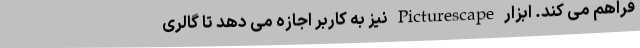
فراهم می کند. ابزار Picturescape نیز به کاربر اجازه می دهد تا گالری